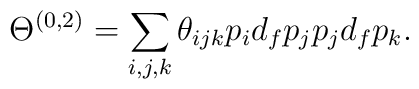
\Theta^{(0, 2)} = \sum_{i,j,k} \theta_{ijk}                    p_{i} d_{f} p_{j} p_{j} d_{f} p_{k}.